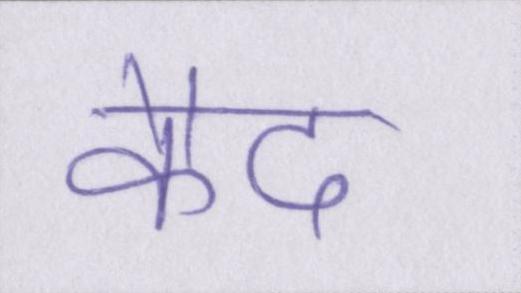
कैद